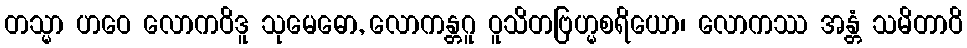
တသ္မာ ဟဝေ လောကဝိဒူ သုမေဓော, လောကန္တဂူ ဝူသိတဗြဟ္မစရိယော၊ လောကဿ အန္တံ သမိတာဝိ